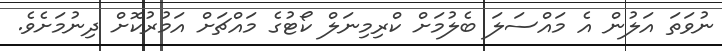
ނުވަތަ އަލުން އެ މައްސަލަ ބެލުމަށް ކްރިމިނަލް ކޯޓުގެ މައްޗަށް އަމުރުކޮށް ދިނުމަށެވެ.